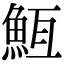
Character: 䱍